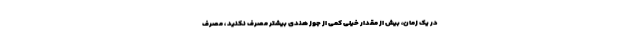
در یک زمان، بیش از مقدار خیلی کمی از جوز هندی بیشتر مصرف نکنید ، مصرف